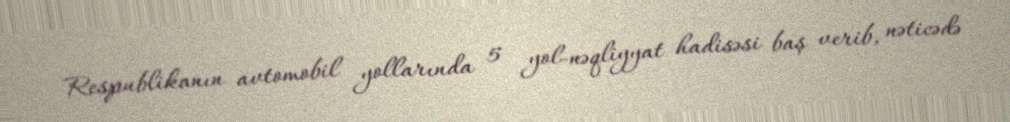
Respublikanın avtomobil yollarında 5 yol-nəqliyyat hadisəsi baş verib, nəticədə